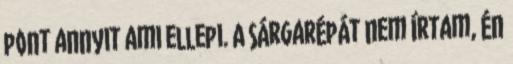
pont annyit ami ellepi. A sárgarépát nem írtam, én